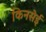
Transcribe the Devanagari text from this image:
किनसेई